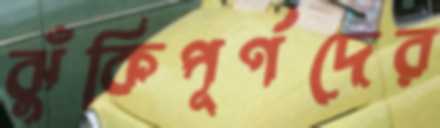
ঝুঁকিপূর্ণদের